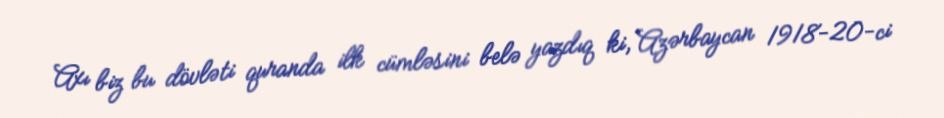
Axı biz bu dövləti quranda ilk cümləsini belə yazdıq ki, Azərbaycan 1918-20-ci